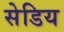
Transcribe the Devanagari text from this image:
सेडिय